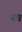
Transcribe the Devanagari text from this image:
नप